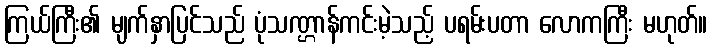
ကြယ်ကြီး၏ မျက်နှာပြင်သည် ပုံသဏ္ဌာန်ကင်းမဲ့သည့် ပရမ်းပတာ လောကကြီး မဟုတ်။